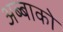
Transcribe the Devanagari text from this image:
अब्बाको